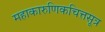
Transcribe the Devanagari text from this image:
महाकारुणिकचित्तसूत्र